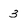
Character: 3